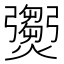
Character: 𤑵